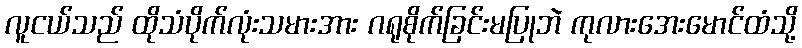
လူငယ်သည် ထိုသံပိုက်လုံးသမားအား ဂရုစိုက်ခြင်းမပြုဘဲ ကုလားအေးမောင်ထံသို့